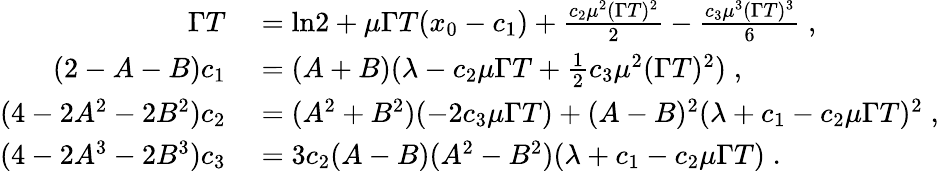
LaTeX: \begin{array}{rl}{\Gamma T}&{{}=\ln\! 2+\mu\Gamma T(x_{0}-c_{1})+\frac{c_{2}\mu^{2}(\Gamma T)^{2}}{2}-\frac{c_{3}\mu^{3}(\Gamma T)^{3}}{6}\; ,}\\ {(2-A-B)c_{1}}&{{}=(A+B)(\lambda-c_{2}\mu\Gamma T+\frac{1}{2}c_{3}\mu^{2}(\Gamma T)^{2})\; ,}\\ {(4-2A^{2}-2B^{2})c_{2}}&{{}=(A^{2}+B^{2})(-2c_{3}\mu\Gamma T)+(A-B)^{2}(\lambda+c_{1}-c_{2}\mu\Gamma T)^{2}\; ,}\\ {(4-2A^{3}-2B^{3})c_{3}}&{{}=3c_{2}(A-B)(A^{2}-B^{2})(\lambda+c_{1}-c_{2}\mu\Gamma T)\; .}\end{array}